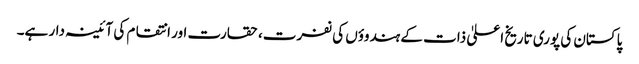
پاکستان کی پوری تاریخ اعلیٰ ذات کے ہندوؤں کی نفرت، حقارت اور انتقام کی آئینہ دار ہے۔